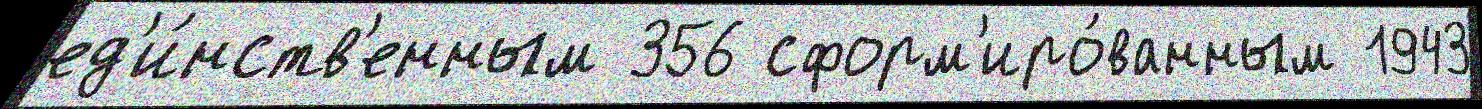
ед'и́нств'енным 356 сформ'иро́ванным 1943